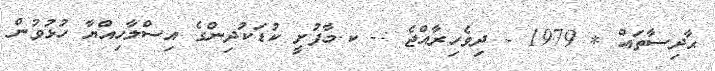
ޙާދިސާތައް * 1979 - ދިވެހިރާއްޖެ :- ކ.މާފުށީ ކުޑަކުދިންގެ އިސްލާހިއްޔާ ހުޅުވުން